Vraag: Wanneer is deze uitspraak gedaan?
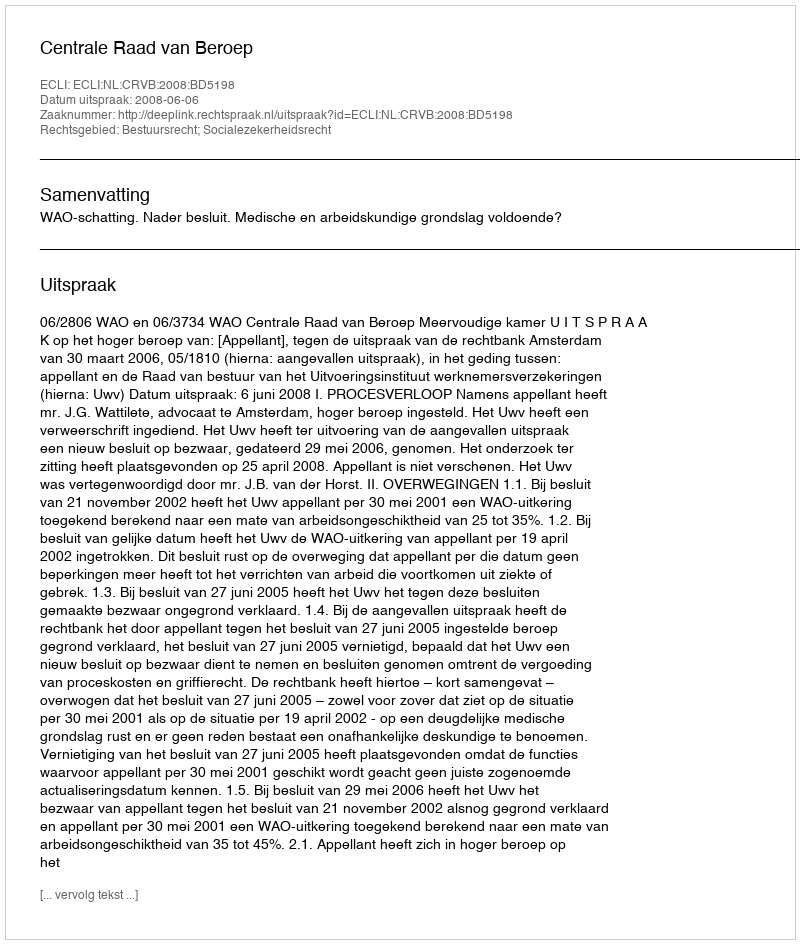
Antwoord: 2008-06-06